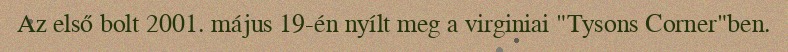
Az első bolt 2001. május 19-én nyílt meg a virginiai "Tysons Corner"ben.